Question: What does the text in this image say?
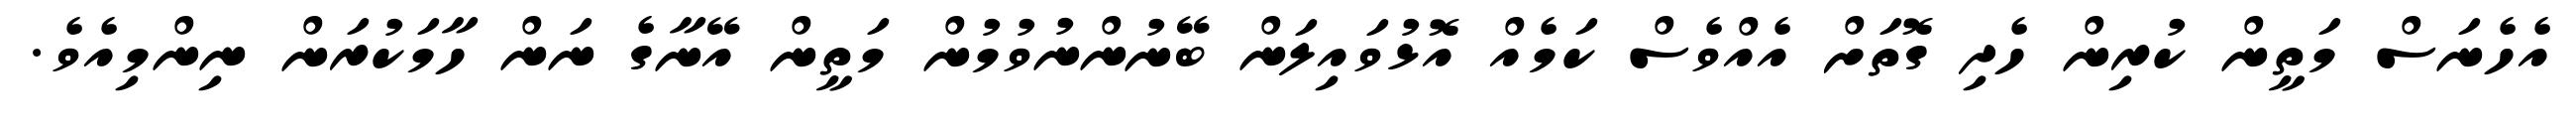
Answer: އެހެނަސް މަތީން ކުރިން ހެދި ގޮތަށް އެއްވެސް ކަމެއް އޮޅުވައިލަން ބޭނުންނުވުމުން މަތީން އޭނާގެ ނަން ހާމަކުރަން ނިންމިއެވެ.